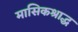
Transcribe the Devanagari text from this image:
मासिकश्राद्ध